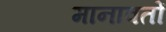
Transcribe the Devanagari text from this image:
मानावतों